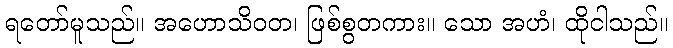
ရတော်မူသည်။ အဟောသိဝတ၊ ဖြစ်စွတကား။ သော အဟံ၊ ထိုငါသည်။